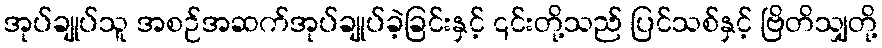
အုပ်ချုပ်သူ အစဉ်အဆက်အုပ်ချုပ်ခဲ့ခြင်းနှင့် ၎င်းတို့သည် ပြင်သစ်နှင့် ဗြိတိသျှတို့